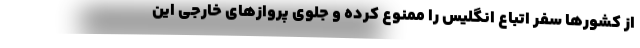
از کشورها سفر اتباع انگلیس را ممنوع کرده و جلوی پروازهای خارجی این